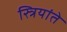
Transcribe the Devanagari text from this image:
स्त्रियांते